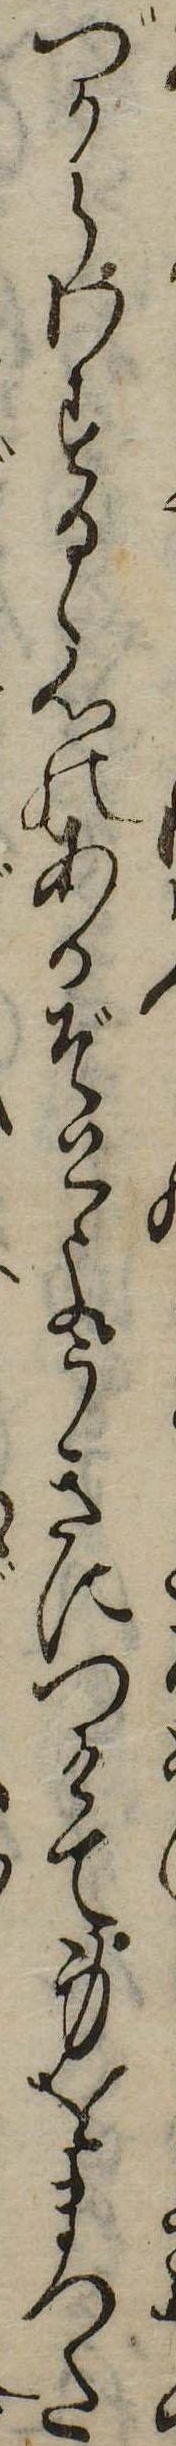
づからわするゝ心のあるぞとようきにつけて身をまつた